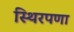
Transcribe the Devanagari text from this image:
स्थिरपणा